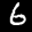
Label: 6